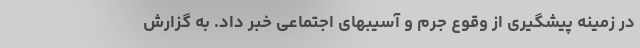
در زمینه پیشگیری از وقوع جرم و آسیبهای اجتماعی خبر داد. به گزارش